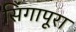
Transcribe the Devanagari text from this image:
सिंगापूरा